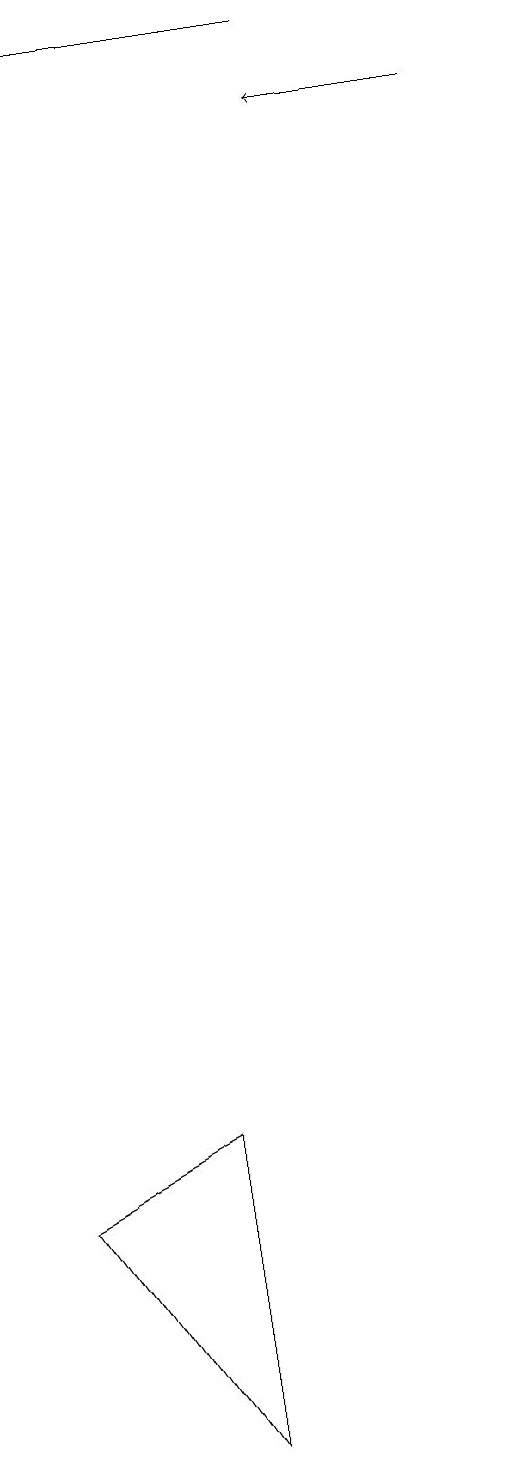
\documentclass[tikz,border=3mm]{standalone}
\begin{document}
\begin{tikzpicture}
\draw (4,0) -- (4,4) -- (2,3) -- cycle;
\draw[->] (8,17) -- (6,17);
\draw (6,18) rectangle (3,18);
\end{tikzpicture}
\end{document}